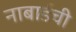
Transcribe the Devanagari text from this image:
नाबार्डची